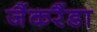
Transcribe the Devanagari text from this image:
जैंकरैंडा